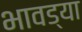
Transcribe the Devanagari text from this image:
भावड्या